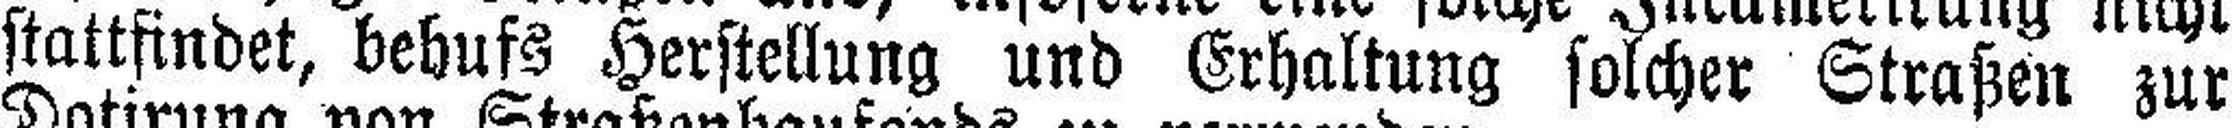
stattfindet, behufs Herstellung und Erhaltung solcher Straßen zur